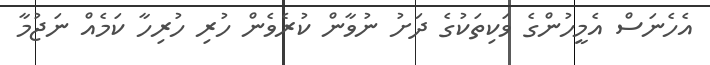
އެހެނަސް އެމީހުންގެ ވަކިތަކުގެ ދަށު ނުވާން ކުރެވެން ހުރި ހުރިހާ ކަމެއް ނަޖުމާ